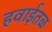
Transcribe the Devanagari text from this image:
हवाईतळ